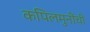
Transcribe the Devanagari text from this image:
कपिलमुनींची